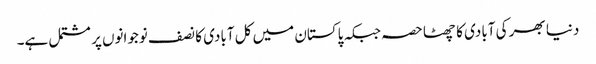
دنیا بھر کی آبادی کا چھٹا حصہ جبکہ پاکستان میں کل آبادی کا نصف نوجوانوں پر مشتمل ہے۔